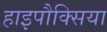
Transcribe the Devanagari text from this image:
हाइपौक्सिया